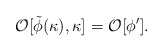
\begin{align*}{\cal O}[\tilde\phi(\kappa),\kappa]={\cal O}[\phi^\prime].\end{align*}